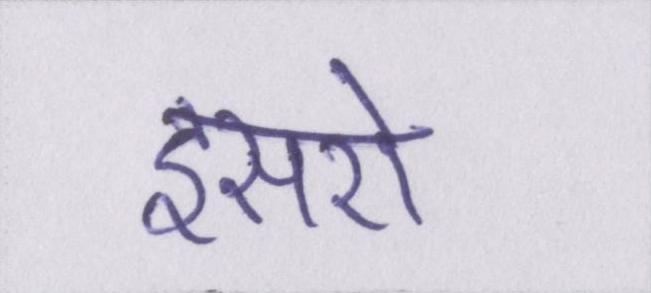
इसरो